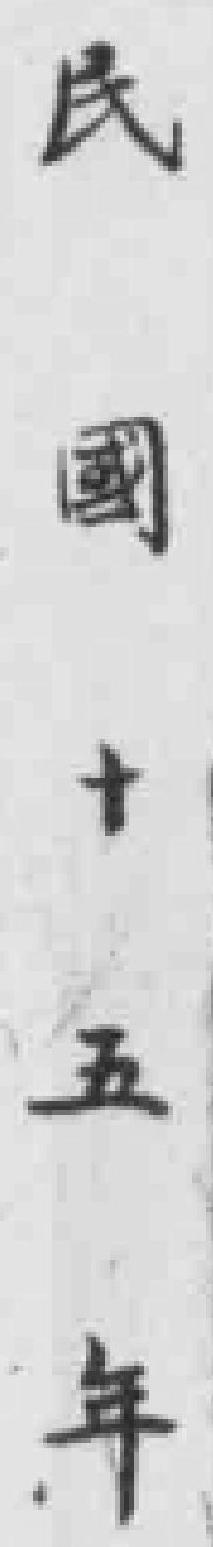
民国十五年